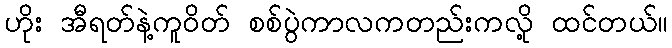
ဟိုး အီရတ်နဲ့ကူဝိတ် စစ်ပွဲကာလကတည်းကလို့ ထင်တယ်။